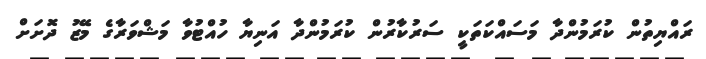
ރައްޔިތުން ކުރަމުންދާ މަސައްކަތަކީ ސަރުކާރުން ކުރަމުންދާ އަނިޔާ ހުއްޓުވާ މަޝްވަރާގެ މޭޒު ދޮށަށް